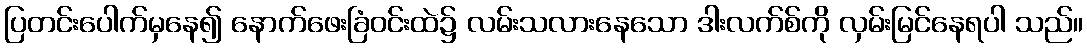
ပြတင်းပေါက်မှနေ၍ နောက်ဖေးခြံဝင်းထဲ၌ လမ်းသလားနေသော ဒါးလက်စ်ကို လှမ်းမြင်နေရပါ သည်။